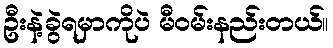
ဦးနဲ့ခွဲရမှာကိုပဲ မီဝမ်းနည်းတယ်။